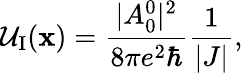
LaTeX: \mathcal{U}_{\mathrm{I}}(\mathbf{x})=\frac{|A_{0}^{0}|^{2}}{8\pi e^{2}\hbar}\frac{1}{|J|},